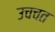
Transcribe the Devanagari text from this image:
उचचत